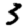
Digit: 3